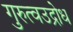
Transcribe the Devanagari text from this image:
गुरुत्वउद्रोध